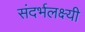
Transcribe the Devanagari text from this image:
संदर्भलक्ष्यी